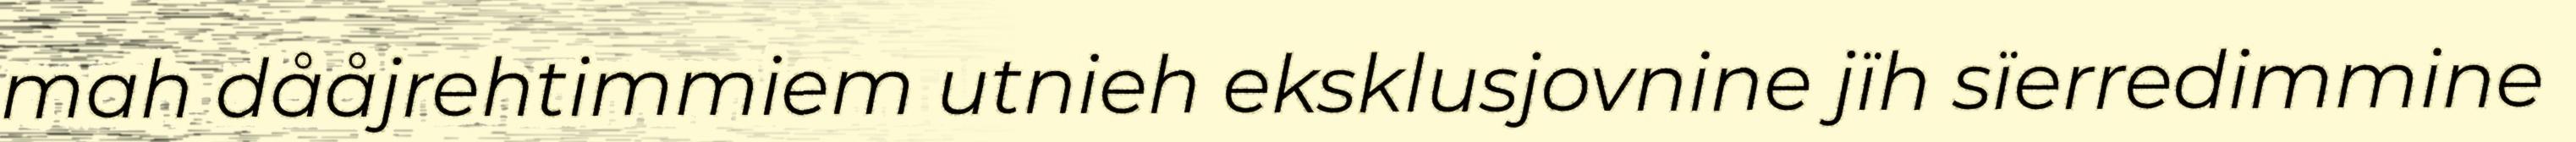
mah dååjrehtimmiem utnieh eksklusjovnine jïh sïerredimmine